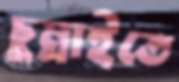
চুম্‌রাইতে